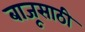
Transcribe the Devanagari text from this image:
बाजूसाठी